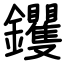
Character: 钁